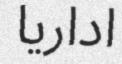
اداريا